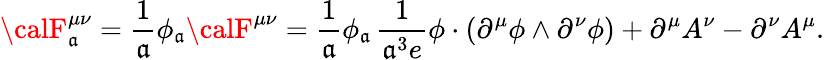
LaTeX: {\calF}_{\mathfrak{a}}^{\mu\nu}=\frac{{1}}{{\mathfrak{a}}}\phi_{\mathfrak{a}}{\calF}^{\mu\nu}=\frac{{1}}{{\mathfrak{a}}}\phi_{\mathfrak{a}}\, \frac{{1}}{{\mathfrak{a}^{3}e}}\phi\cdot(\partial^{\mu}\phi\wedge\partial^{\nu}\phi)+\partial^{\mu}A^{\nu}-\partial^{\nu}A^{\mu}.